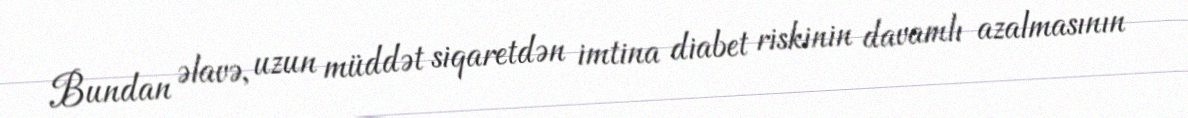
Bundan əlavə, uzun müddət siqaretdən imtina diabet riskinin davamlı azalmasının